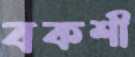
বকশী